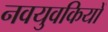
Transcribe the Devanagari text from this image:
नवयुवकियों